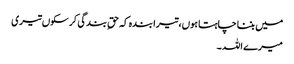
میں بننا چاہتا ہوں،تیرا بندہ کہ حقِ بندگی کر سکوں تیری
میرے اللہ ۔